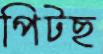
পিটছ